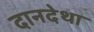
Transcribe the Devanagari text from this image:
दानदेथा